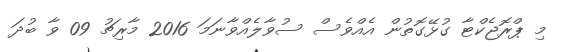
މި ޕްރޮޖެކްޓާ ގުޅޭގޮތުން އެއްވެސް ސުވާލެއްވާނަމަ 2016 މާރިޗު 09 ވާ ބުދަ